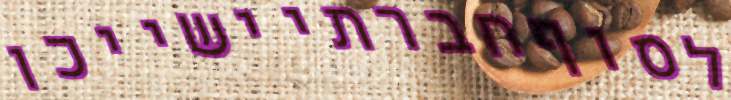
לסוףחברתיישייכו